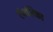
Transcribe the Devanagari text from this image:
एंजलिका